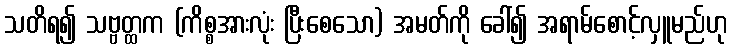
သတိရ၍ သဗ္ဗတ္ထက (ကိစ္စအားလုံး ပြီးစေသော) အမတ်ကို ခေါ်၍ အရာမ်စောင့်လှူမည်ဟု